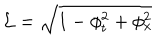
\mathcal { L } = \sqrt { 1 - \phi _ { t } ^ { 2 } + \phi _ { x } ^ { 2 } }